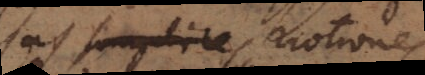
notiones